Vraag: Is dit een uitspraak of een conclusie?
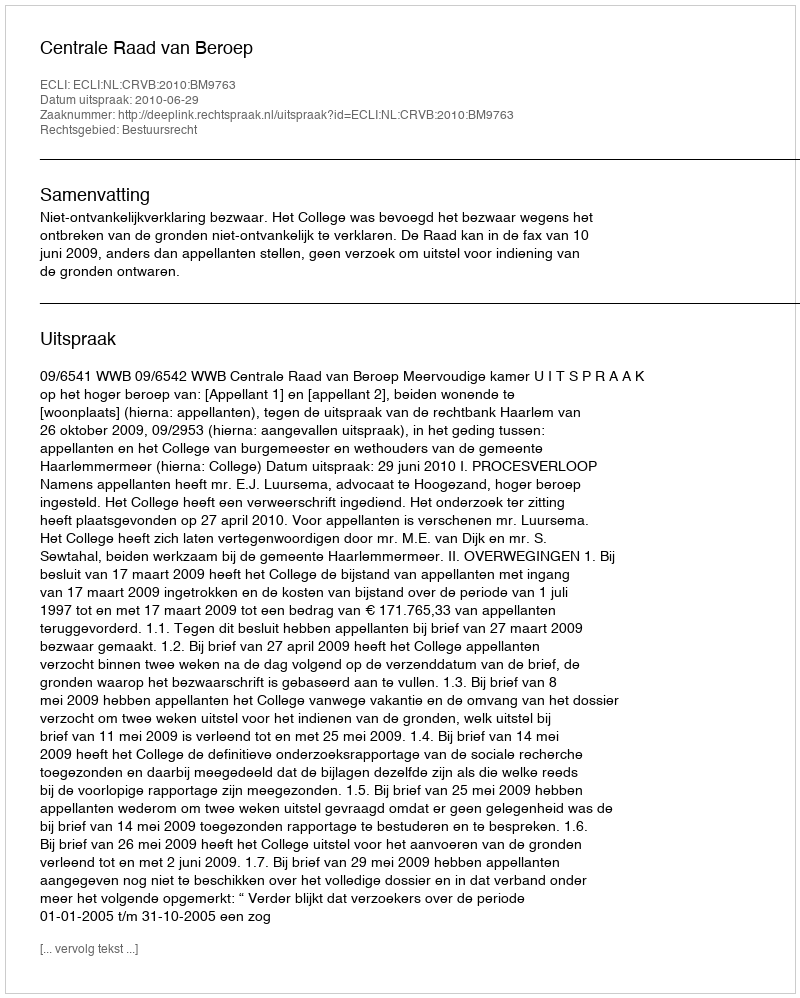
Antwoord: Uitspraak